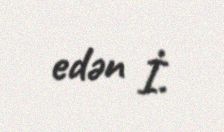
edən İ.